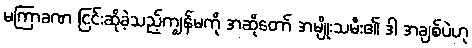
မကြာခဏ ငြင်းဆိုခဲ့သည့်ကျွန်မကို အဆိုတော် အမျိုးသမီး၏ ဒါ အချစ်ပဲဟု